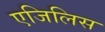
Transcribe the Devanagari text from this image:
एजिलिस